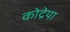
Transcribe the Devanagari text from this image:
कोद्रेया